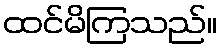
ထင်မိကြသည်။